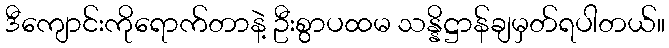
ဒီကျောင်းကိုရောက်တာနဲ့ ဦးစွာပထမ သန္နိဋ္ဌာန်ချမှတ်ရပါတယ်။